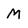
Character: M